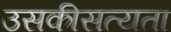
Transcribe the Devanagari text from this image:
उसकीसत्यता